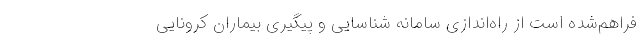
فراهم‌شده است از راه‌اندازی سامانه شناسایی و پیگیری بیماران کرونایی